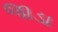
જાડા